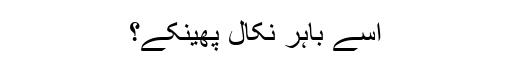
اسے باہر نکال پھینکے؟